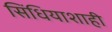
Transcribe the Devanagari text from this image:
सिंधियाशाही